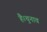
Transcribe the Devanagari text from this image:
है।चुनाव